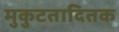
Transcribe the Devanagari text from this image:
मुकुटतादितक